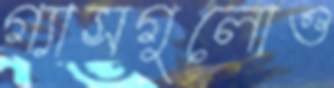
গ্যাসগুলোও